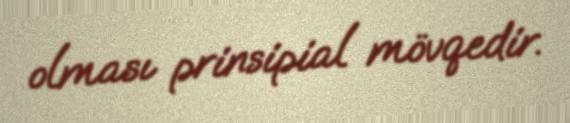
olması prinsipial mövqedir.